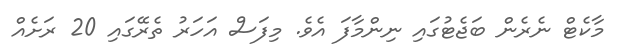
މާކެޓް ނެރެން ބަޖެޓުގައި ނިންމާފަ އެވެ. މިފަސް އަހަރު ތެރޭގައި 20 ރަށެއް